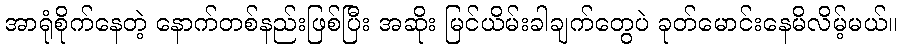
အာရုံစိုက်နေတဲ့ နောက်တစ်နည်းဖြစ်ပြီး အဆိုး မြင်ယိမ်းခါချက်တွေပဲ ခုတ်မောင်းနေမိလိမ့်မယ်။